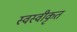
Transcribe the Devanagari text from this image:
स्वस्वीकृत